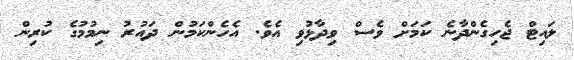
ލައިޓް ޖެހިގެންދާނެ ކަމަށް ވެސް ވިދާޅުވި އެވެ. އެހެންކަމުން ދައުރު ނިމުމުގެ ކުރިން